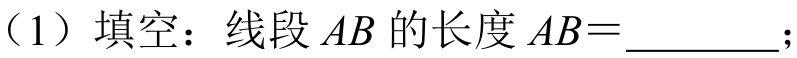
（1）填空：线段 \(AB\) 的长度 \(AB = \underline{\quad\quad}\)；